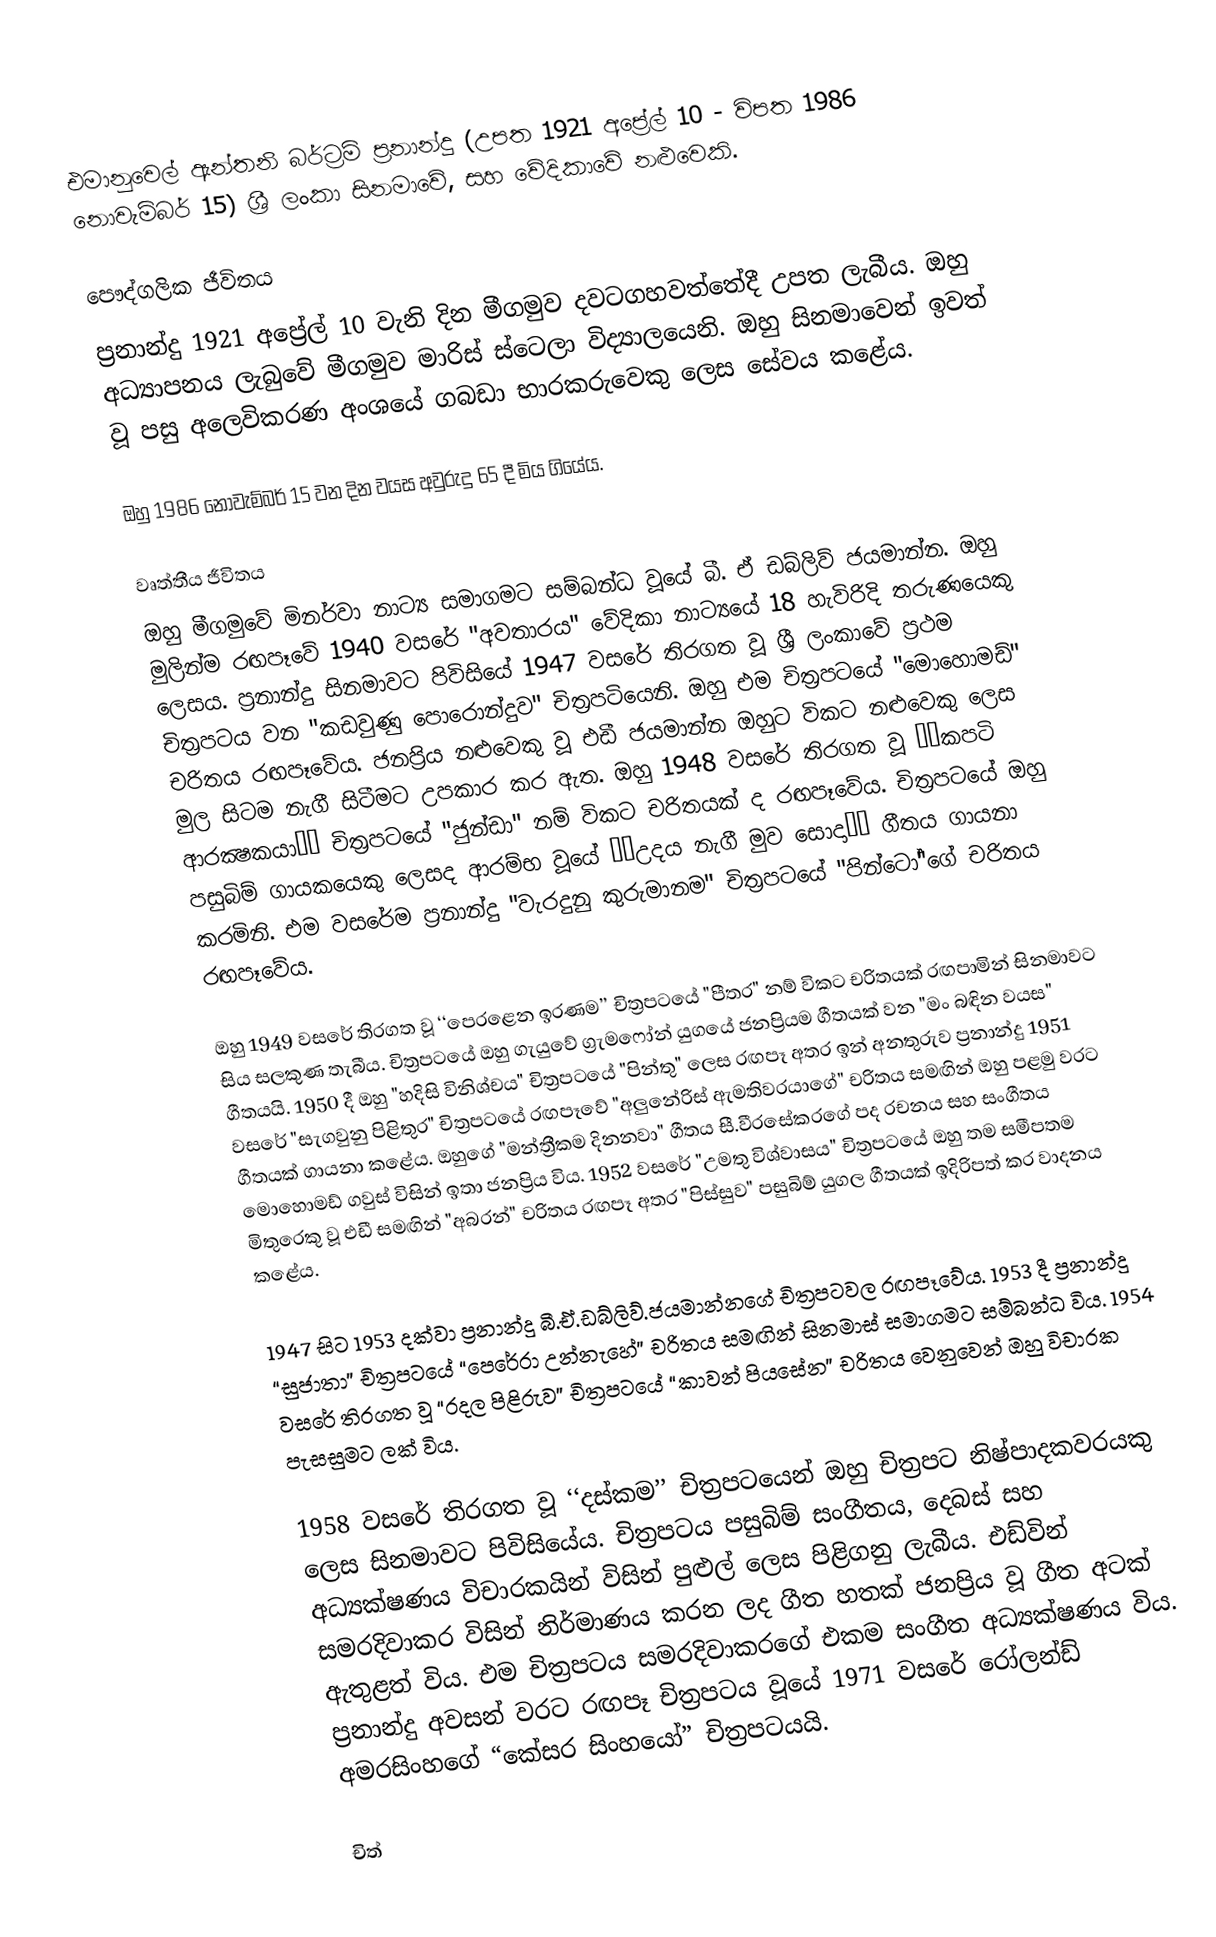
එමානුවෙල් ඇන්තනි බර්ට්‍රම් ප්‍රනාන්දු (උපත 1921 අප්‍රේල් 10 - විපත 1986 නොවැම්බර් 15) ශ්‍රී ලංකා සිනමාවේ, සහ වේදිකාවේ නළුවෙකි.

පෞද්ගලික ජීවිතය
ප්‍රනාන්දු 1921 අප්‍රේල් 10 වැනි දින මීගමුව දවටගහවත්තේදී උපත ලැබීය. ඔහු අධ්‍යාපනය ලැබුවේ මීගමුව මාරිස් ස්ටෙලා විද්‍යාලයෙනි. ඔහු සිනමාවෙන් ඉවත් වූ පසු අලෙවිකරණ අංශයේ ගබඩා භාරකරුවෙකු ලෙස සේවය කළේය.

ඔහු 1986 නොවැම්බර් 15 වන දින වයස අවුරුදු 65 දී මිය ගියේය.

වෘත්තීය ජීවිතය
ඔහු මීගමුවේ මිනර්වා නාට්‍ය සමාගමට සම්බන්ධ වූයේ බී. ඒ ඩබ්ලිව් ජයමාන්න. ඔහු මුලින්ම රඟපෑවේ 1940 වසරේ "අවතාරය" වේදිකා නාට්‍යයේ 18 හැවිරිදි තරුණයෙකු ලෙසය. ප්‍රනාන්දු සිනමාවට පිවිසියේ 1947 වසරේ තිරගත වූ ශ්‍රී ලංකාවේ ප්‍රථම චිත්‍රපටය වන "කඩවුණු පොරොන්දුව" චිත්‍රපටියෙනි. ඔහු එම චිත්‍රපටයේ "මොහොමඩ්" චරිතය රඟපෑවේය. ජනප්‍රිය නළුවෙකු වූ එඩී ජයමාන්න ඔහුට විකට නළුවෙකු ලෙස මුල සිටම නැගී සිටීමට උපකාර කර ඇත. ඔහු 1948 වසරේ තිරගත වූ ‘‘කපටි ආරක්‍ෂකයා’’ චිත්‍රපටයේ "ජුන්ඩා" නම් විකට චරිතයක් ද රඟපෑවේය. චිත්‍රපටයේ ඔහු පසුබිම් ගායකයෙකු ලෙසද ආරම්භ වූයේ ‘‘උදය නැගී මුව සොදා’’ ගීතය ගායනා කරමිනි. එම වසරේම ප්‍රනාන්දු "වැරදුනු කුරුමානම" චිත්‍රපටයේ "පින්ටෝ"ගේ චරිතය රඟපෑවේය.

ඔහු 1949 වසරේ තිරගත වූ ‘‘පෙරළෙන ඉරණම’’ චිත්‍රපටයේ "පීතර" නම් විකට චරිතයක් රඟපාමින් සිනමාවට සිය සලකුණ තැබීය. චිත්‍රපටයේ ඔහු ගැයුවේ ග්‍රැමෆෝන් යුගයේ ජනප්‍රියම ගීතයක් වන "මං බඳින වයස" ගීතයයි. 1950 දී ඔහු "හදිසි විනිශ්චය" චිත්‍රපටයේ "පින්තු" ලෙස රඟපෑ අතර ඉන් අනතුරුව ප්‍රනාන්දු 1951 වසරේ "සැගවුනු පිළිතුර" චිත්‍රපටයේ රඟපෑවේ "අලුනේරිස් ඇමතිවරයාගේ" චරිතය සමඟින් ඔහු පළමු වරට ගීතයක් ගායනා කළේය. ඔහුගේ "මන්ත්‍රීකම දිනනවා" ගීතය සී.වීරසේකරගේ පද රචනය සහ සංගීතය මොහොමඩ් ගවුස් විසින් ඉතා ජනප්‍රිය විය. 1952 වසරේ "උමතු විශ්වාසය" චිත්‍රපටයේ ඔහු තම සමීපතම මිතුරෙකු වූ එඩී සමඟින් "අබරන්" චරිතය රඟපෑ අතර "පිස්සුව" පසුබිම් යුගල ගීතයක් ඉදිරිපත් කර වාදනය කළේය.

1947 සිට 1953 දක්වා ප්‍රනාන්දු බී.ඒ.ඩබ්ලිව්.ජයමාන්නගේ චිත්‍රපටවල රඟපෑවේය. 1953 දී ප්‍රනාන්දු “සුජාතා” චිත්‍රපටයේ “පෙරේරා උන්නැහේ” චරිතය සමඟින් සිනමාස් සමාගමට සම්බන්ධ විය. 1954 වසරේ තිරගත වූ “රදල පිළිරුව” චිත්‍රපටයේ “කාවන් පියසේන” චරිතය වෙනුවෙන් ඔහු විචාරක පැසසුමට ලක් විය.

1958 වසරේ තිරගත වූ ‘‘දස්කම’’ චිත්‍රපටයෙන් ඔහු චිත්‍රපට නිෂ්පාදකවරයකු ලෙස සිනමාවට පිවිසියේය. චිත්‍රපටය පසුබිම් සංගීතය, දෙබස් සහ අධ්‍යක්ෂණය විචාරකයින් විසින් පුළුල් ලෙස පිළිගනු ලැබීය. එඩ්වින් සමරදිවාකර විසින් නිර්මාණය කරන ලද ගීත හතක් ජනප්‍රිය වූ ගීත අටක් ඇතුළත් විය. එම චිත්‍රපටය සමරදිවාකරගේ එකම සංගීත අධ්‍යක්ෂණය විය. ප්‍රනාන්දු අවසන් වරට රඟපෑ චිත්‍රපටය වූයේ 1971 වසරේ රෝලන්ඩ් අමරසිංහගේ “කේසර සිංහයෝ” චිත්‍රපටයයි.

චිත්‍